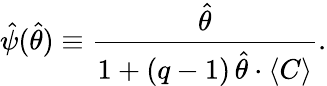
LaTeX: \hat{\psi}(\hat{\theta})\equiv\frac{\hat{\theta}}{1+(q-1)\, \hat{\theta}\cdot\langle C\rangle}.